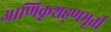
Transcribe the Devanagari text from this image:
आणिकृशह्णमूर्ती